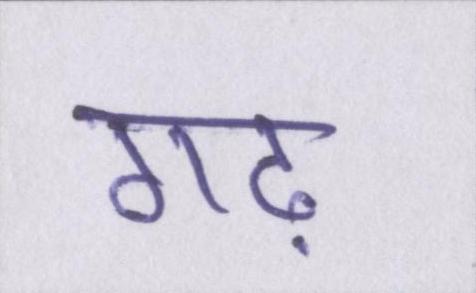
गढ़